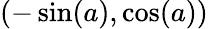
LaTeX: (-\sin(a),\cos(a))